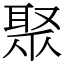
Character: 聚